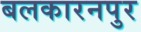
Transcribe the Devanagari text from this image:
बलकारनपुर